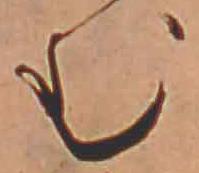
む